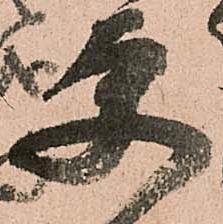
更